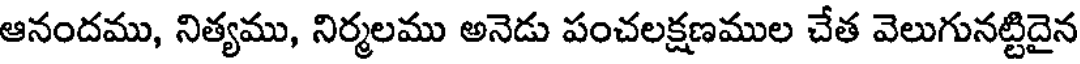
ఆనందము, నిత్యము, నిర్మలము అనెడు పంచలక్షణముల చేత వెలుగునట్టిదైన